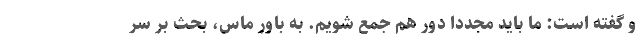
و گفته است: ما باید مجددا دور هم جمع شویم. به باور ماس، بحث بر سر